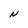
Character: N